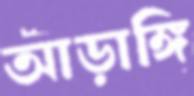
আড়াঙ্গি